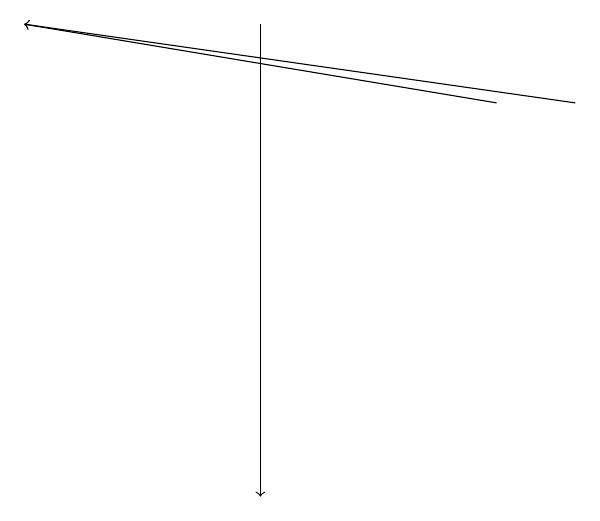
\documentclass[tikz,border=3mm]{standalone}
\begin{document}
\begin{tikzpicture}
\draw[->] (9,16) -- (2,17);
\draw[->] (5,17) -- (5,11);
\draw[->] (8,16) -- (2,17);
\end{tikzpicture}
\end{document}